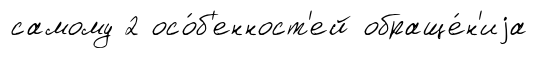
самому 2 осо́б'енност'ей обраще́н'иjа